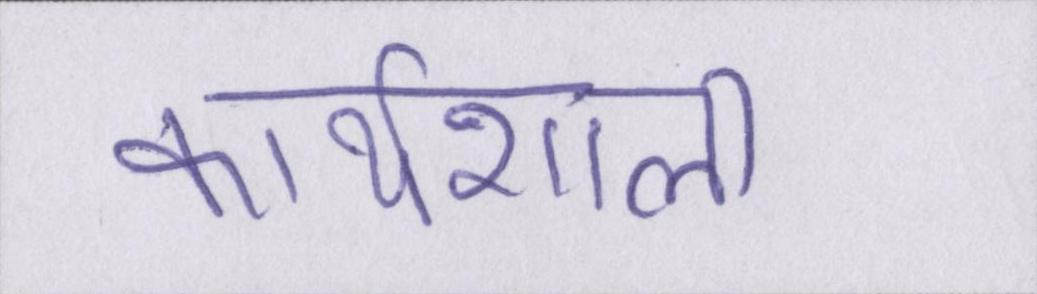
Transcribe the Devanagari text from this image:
कार्यशाला